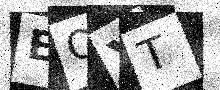
Text: EOYT